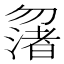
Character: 𠤆